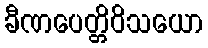
ခီဏပေတ္တိဝိသယော